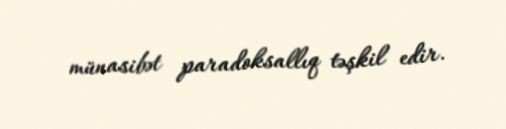
münasibət paradoksallıq təşkil edir.